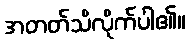
အတတ်သိလိုက်ပါ၏။